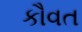
કૌવત